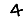
Digit: 4